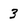
Character: 3